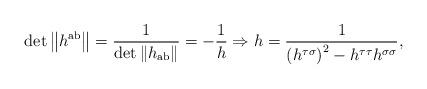
LaTeX: \begin{align*}\det \left\| h^{{\rm ab}}\right\| =\frac 1{\det \left\| h_{{\rm ab}}\right\| }=-\frac 1h\Rightarrow h=\frac 1{\left( h^{\tau \sigma }\right) ^2-h^{\tau\tau }h^{\sigma \sigma }}, \end{align*}